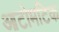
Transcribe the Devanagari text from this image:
आटोमटिक